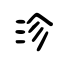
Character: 沴